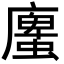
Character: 螷